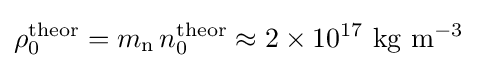
\rho _{0}^{\mathrm {theor} }=m_{\mathrm {n} }\,n_{0}^{\mathrm {theor} }\approx 2\times 10^{17}\ \mathrm {kg} \ \mathrm {m} ^{-3}